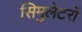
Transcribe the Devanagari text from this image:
सिमुलेटरों